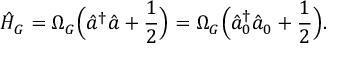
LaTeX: \hat { H } _ { G } = \Omega _ { G } \Bigl ( \hat { a } ^ { \dagger } \hat { a } + \frac { 1 } { 2 } \Bigr ) = \Omega _ { G } \Bigl ( \hat { a } _ { 0 } ^ { \dagger } \hat { a } _ { 0 } + \frac { 1 } { 2 } \Bigr ) .